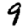
Digit: 9